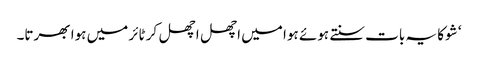
‘ شوکا یہ بات سنتے ہوئے ہوا میں اچھل اچھل کر ٹائر میں ہوا بھرتا۔